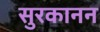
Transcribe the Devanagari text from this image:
सुरकानन